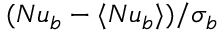
( N u _ { b } - \langle N u _ { b } \rangle ) / \sigma _ { b }